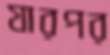
যারপর